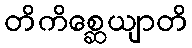
တိကိစ္ဆေယျာတိ